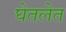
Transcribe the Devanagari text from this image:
घेतलेत